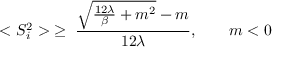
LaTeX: < S _ { i } ^ { 2 } > \; \ge \; \frac { { \sqrt { \frac { 1 2 \lambda } { \beta } + m ^ { 2 } } } - m } { 1 2 \lambda } , \qquad m < 0